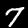
Digit: 7